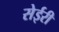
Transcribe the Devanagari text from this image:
सेईरी